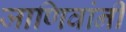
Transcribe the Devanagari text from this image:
जाणिवांनी